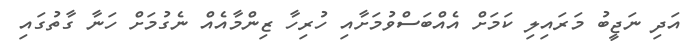
އަދި ނަޖީބު މަރައިލި ކަމަށް އެއްބަސްވުމަށާއި ހުރިހާ ޒިންމާއެއް ނެގުމަށް ހަނާ ގާތުގައި